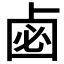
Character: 𠧸